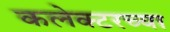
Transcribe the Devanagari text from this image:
कलेक्टरच्या